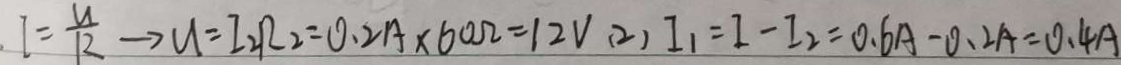
l = \frac { U } { R } \rightarrow U = I _ { 2 } R _ { 2 } = 0 . 2 A \times 6 0 \Omega = 1 2 V ( 2 ) I _ { 1 } = I - I _ { 2 } = 0 . 6 A - 0 . 2 A = 0 . 4 A